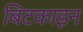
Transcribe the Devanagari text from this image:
बिटकाइन